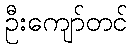
ဦးကျော်တင်